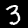
Label: 3